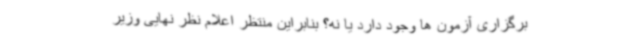
برگزاری آزمون ها وجود دارد یا نه؟ بنابراین منتظر اعلام نظر نهایی وزیر